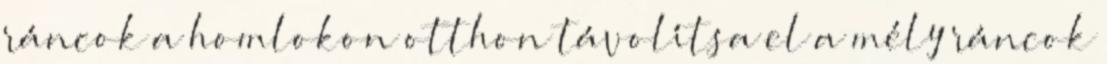
ráncok a homlokon otthon távolítsa el a mély ráncok